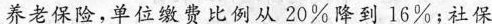
养老保险，单位缴费比例从20%降到16%；社保